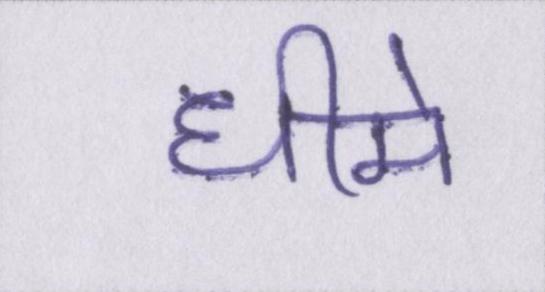
धीमे